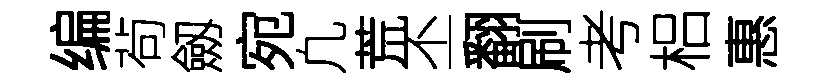
编茍劔宛凢荒丕翻刷考梠惠